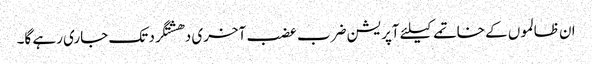
ان ظالموں کے خاتمے کیلئے آپریشن ضرب عضب آخری دھشتگرد تک جاری رہے گا۔